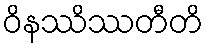
ဝိနဿိဿတီတိ